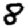
Digit: 8